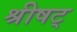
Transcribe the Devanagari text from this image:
श्रीषट्